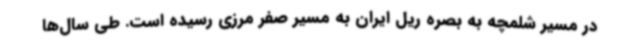
در مسیر شلمچه به بصره ریل ایران به مسیر صفر مرزی رسیده است. طی سال‌ها